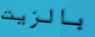
بالزيت